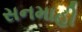
સનમાહી